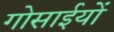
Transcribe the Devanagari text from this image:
गोसाईयों